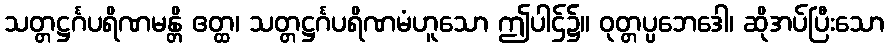
သတ္တဋ္ဌင်္ဂပရိဏမန္တိ ဧတ္ထ၊ သတ္တဋ္ဌင်္ဂပရိဏမံဟူသော ဤပါဌ်၌။ ဝုတ္တပ္ပဘေဒေါ၊ ဆိုအပ်ပြီးသော